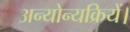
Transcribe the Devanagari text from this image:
अन्योन्यक्रियें।